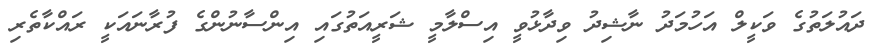
ދައުލަތުގެ ވަކީލް އަހުމަދު ނާޝިދު ވިދާޅުވީ އިސްލާމީ ޝަރީއަތުގައި އިންސާނުންގެ ފުރާނައަކީ ރައްކާތެރި